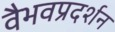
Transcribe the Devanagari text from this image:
वैभवप्रदर्शन